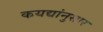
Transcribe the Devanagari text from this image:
कयद्यांनुसार